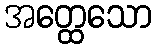
အတ္ထေသော